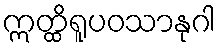
ဣတ္ထိရူပဝသာနုဂါ